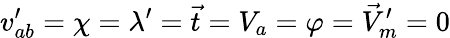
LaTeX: v_{ab}^{\prime}=\chi=\lambda^{\prime}=\vec{t}=V_{a}=\varphi=\vec{V}_{m}^{\prime}=0